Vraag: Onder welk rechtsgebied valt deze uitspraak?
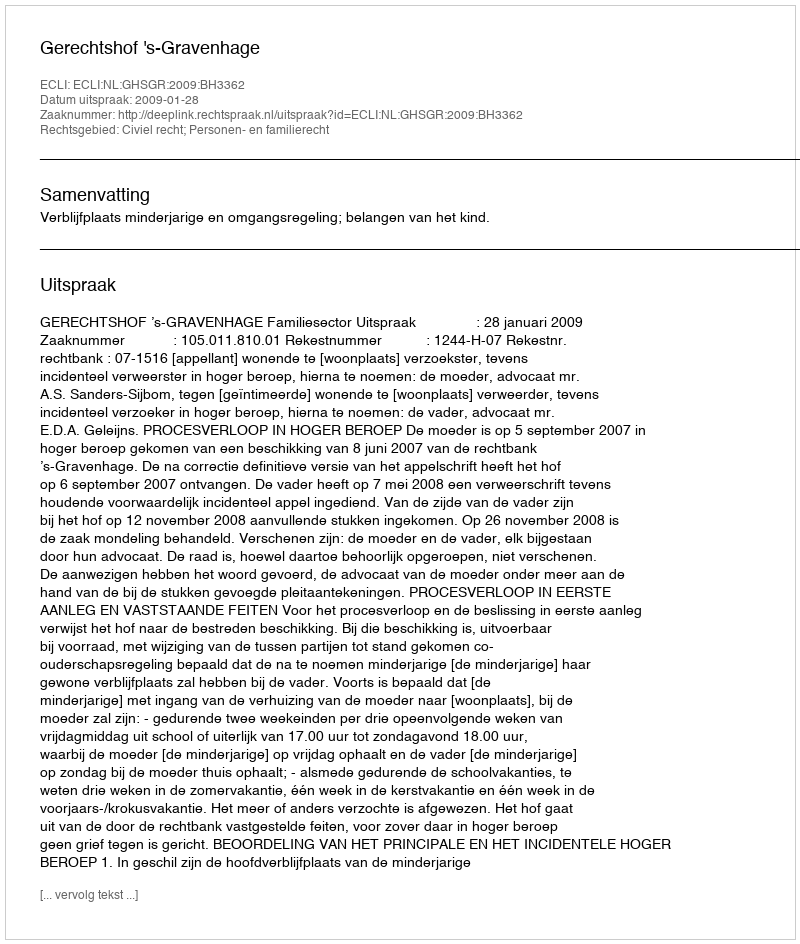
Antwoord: Civiel recht; Personen- en familierecht